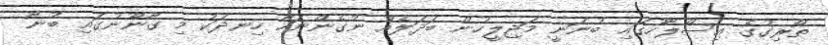
ތޯރިގުގެ އިސްލާހުގައި ބުނަނީ މަޖިލީހުން ބަދަލެއް ނުގެންނަހާ ހިނދަކު މި ގާނޫނުގައި ބުނާ